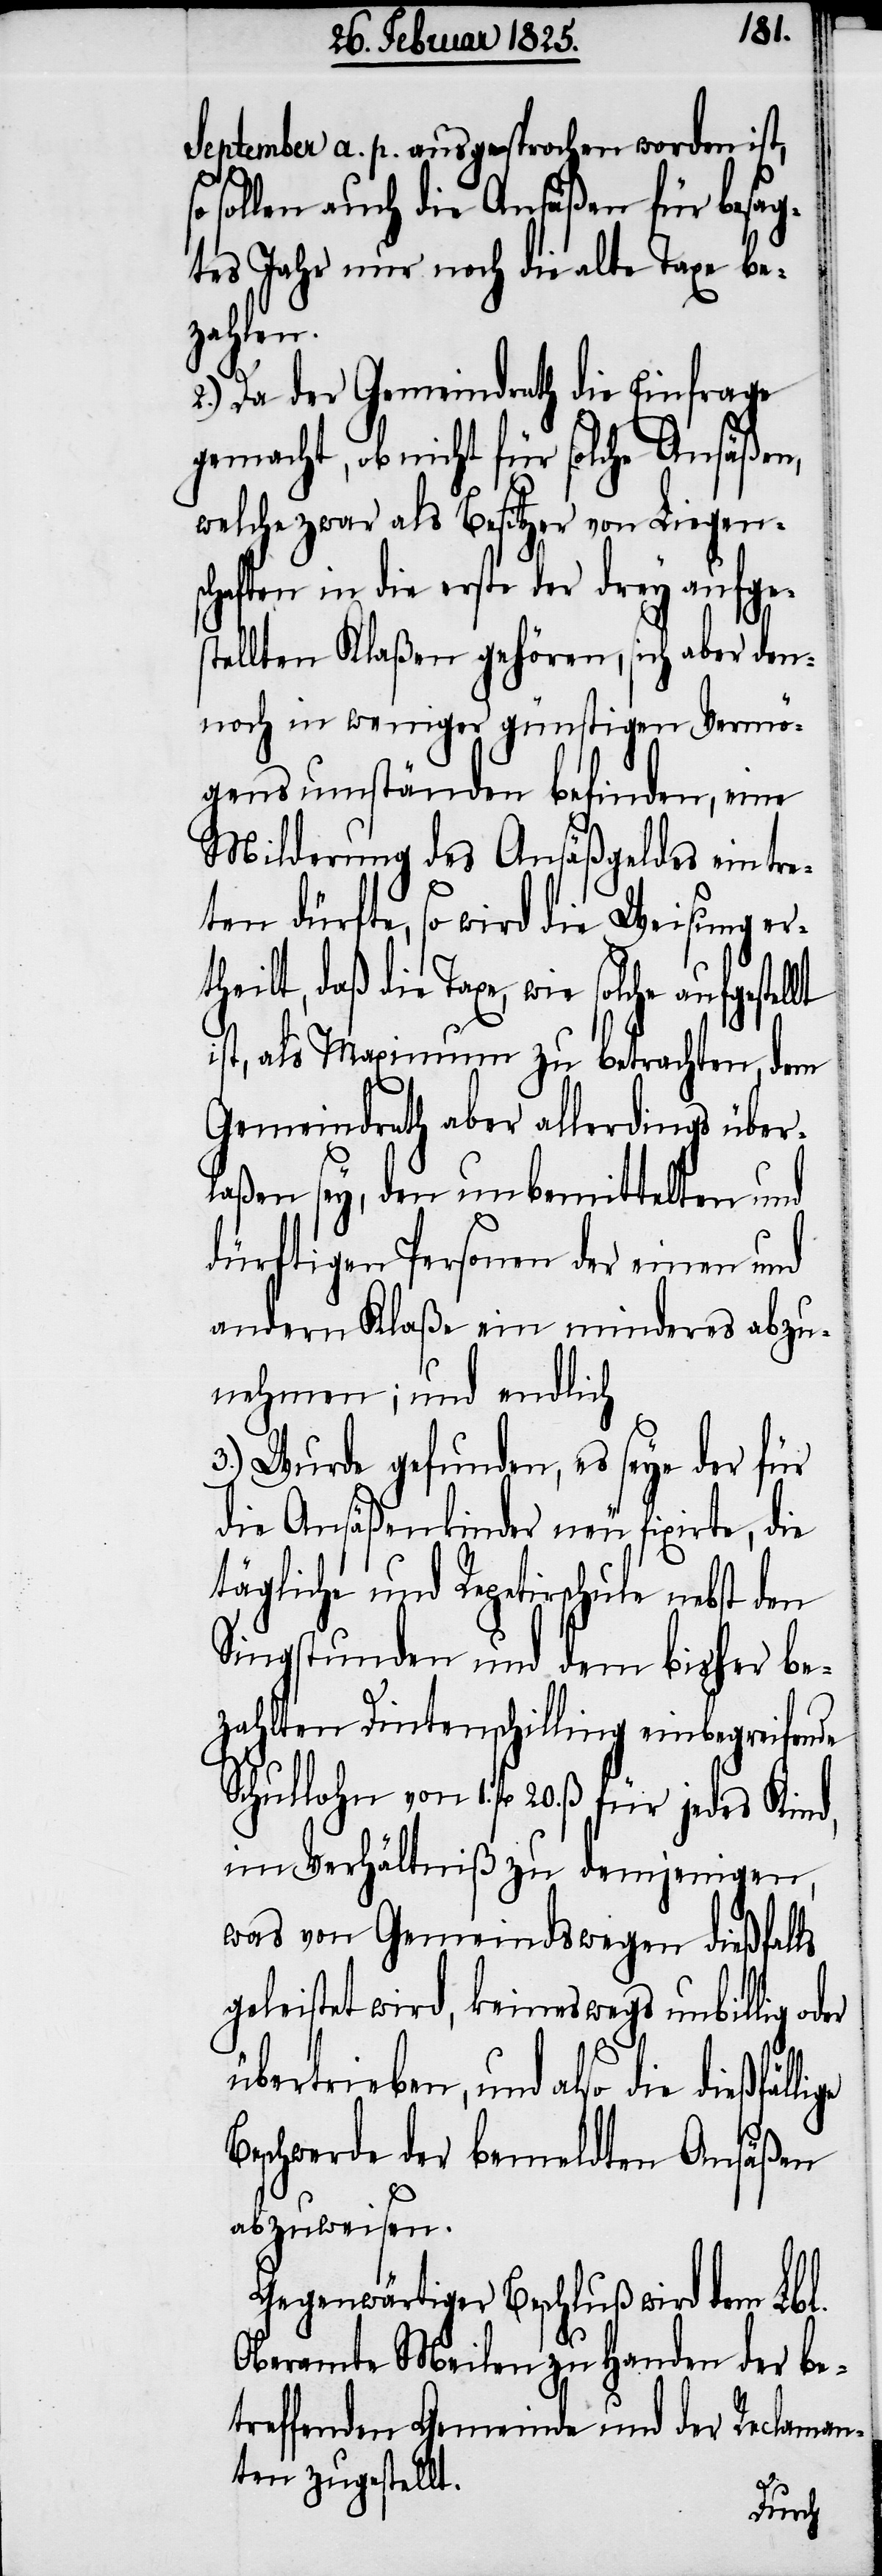
September a. p. ausgesprochen worden ist,
ige
er
sollen auch die Ansäßen für besag¬
tes Jahr nur noch die alte Taxe be¬
zahlen.
2.) Da der Gemeindrath die Einfrage
gemacht, ob nicht für solche Ansäßen,
welche zwar als Besitzer von Liegens¬
chaften in die erste der drey aufges¬
tellten Klaßen gehören, sich aber den¬
noch in weniger günstigen Vermö¬
gensumständen befinden, eine
Milderung des Ansäßgeldes eintre¬
ten dürfte, so wird die Weisung er¬
theilt, daß die Taxe, wie solche aufgestel¬
ist, als Maximum zu betrachten, dem
Gemeindrath aber allerdings über¬
laßen sey, den unbemittelten und
dürftigen Personen der einen und
andern Klaße ein minderes abzu¬
nehmen; und endlich
3.) Wurde gefunden, es seye der für
die Ansäßenkinder neu fixirte, die
tägliche und Repetirschule nebst den
Singstunden und dem bisher be¬
zahlten Dintenschilling einbegreifende
Schullohn von 1. fl 20. ß für jedes
im Verhältniß zu demjenigen,
was von Gemeindswegen dießfalls
geleistet wird, keineswegs unbillig od¬
übertrieben, und also die dießfäll¬
Beschwerde der bemeldten Ansäßen
abzuweisen.
Gegenwärtiger Beschluß wird dem Lbl.
Oberamte Meilen zu Handen der be¬
treffenden Gemeinde und der Reclaman¬
ten zugestellt.